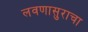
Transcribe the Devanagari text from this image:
लवणासुराचा